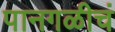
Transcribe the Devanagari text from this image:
पानगळीचं